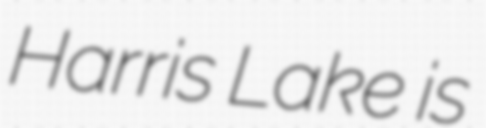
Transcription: Harris Lake is